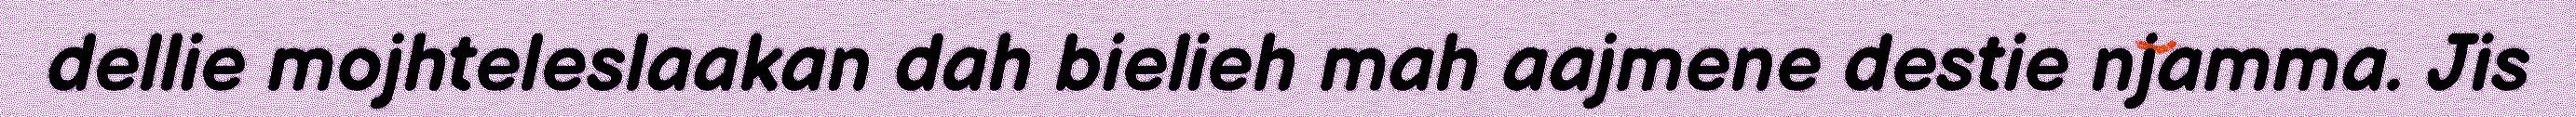
dellie mojhteleslaakan dah bielieh mah aajmene destie njamma. Jis